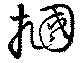
掴